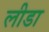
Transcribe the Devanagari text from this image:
लीडा